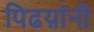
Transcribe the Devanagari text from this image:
पिढय़ांनी